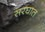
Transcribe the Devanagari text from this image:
सरघात